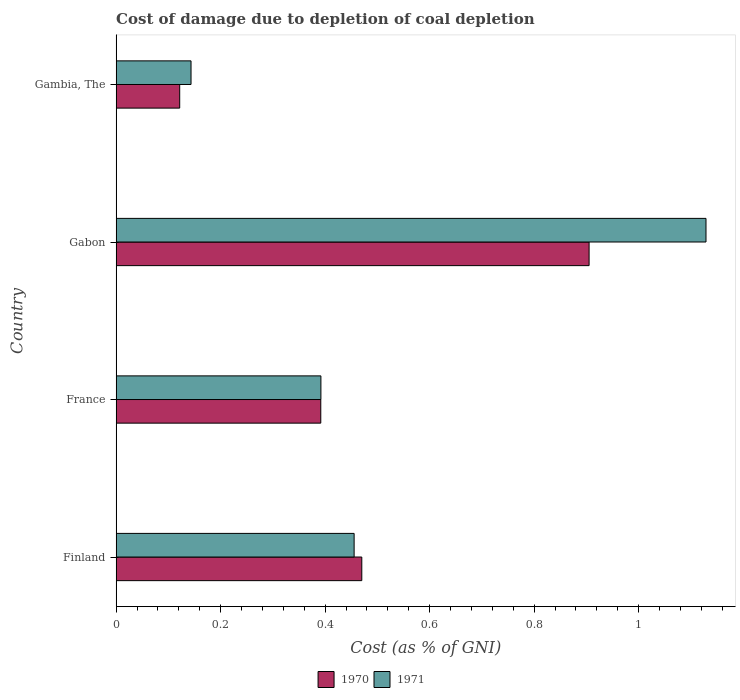
| Country | 1970 | 1971 |
 | --- | --- | --- |
 | Finland | 0.47 | 0.455 |
 | France | 0.392 | 0.392 |
 | Gabon | 0.905 | 1.13 |
 | Gambia, The | 0.122 | 0.143 |